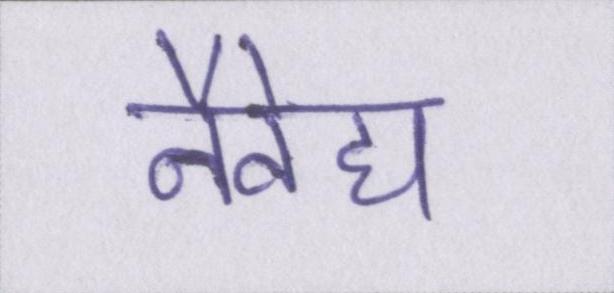
नैवेद्य